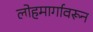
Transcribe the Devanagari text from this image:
लोहमार्गावरून